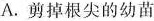
A.剪掉根尖的幼苗